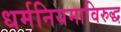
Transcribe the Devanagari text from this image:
धर्मनियमाविरुद्ध